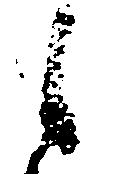
之